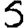
Digit: 5